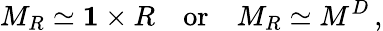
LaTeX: M_{R}\simeq{\mathbf 1}\times R\quad\mathrm{or}\quad M_{R}\simeq M^{D}\, ,